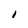
Character: I